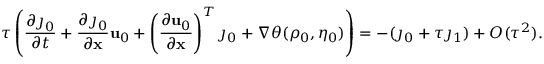
\tau \left( \frac { \partial \j _ { 0 } } { \partial t } + \frac { \partial \j _ { 0 } } { \partial \mathbf { x } } \mathbf { u } _ { 0 } + \left( \frac { \partial \mathbf { u } _ { 0 } } { \partial \mathbf { x } } \right) ^ { T } \j _ { 0 } + \nabla \theta ( \rho _ { 0 } , \eta _ { 0 } ) \right) = - ( \j _ { 0 } + \tau \j _ { 1 } ) + O ( \tau ^ { 2 } ) .